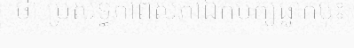
ថា ប្រសិទ្ធភាពសភាឯកបក្សធ្លាក់ចុះ